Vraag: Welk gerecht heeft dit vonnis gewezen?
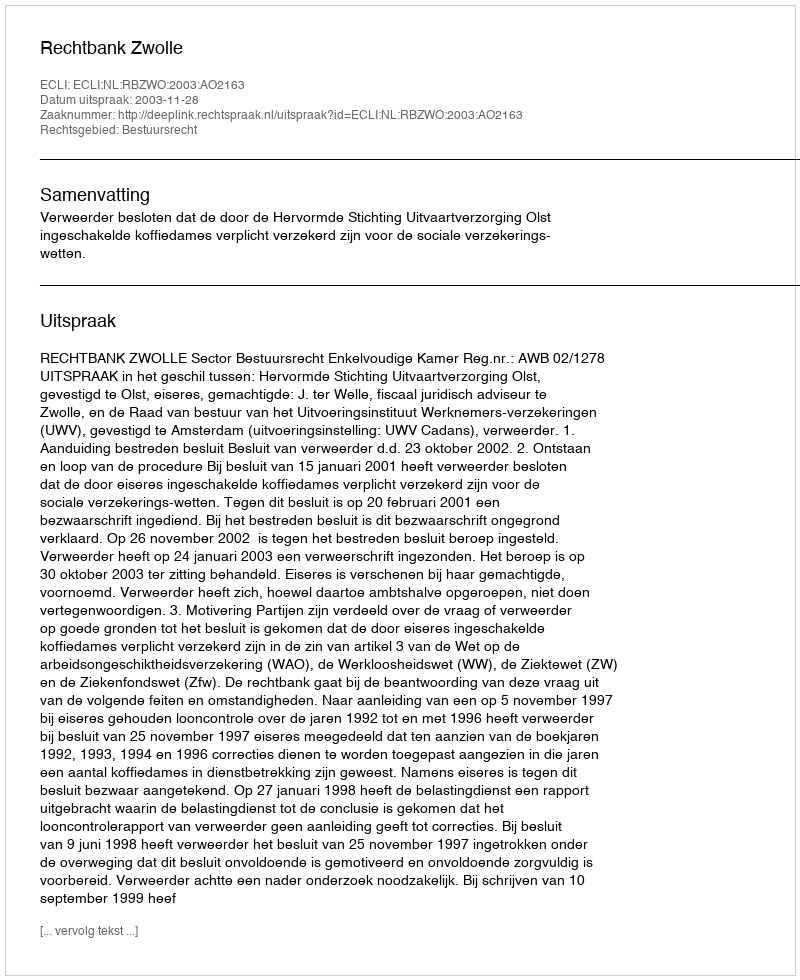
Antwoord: Rechtbank Zwolle